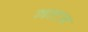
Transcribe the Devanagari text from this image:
गन्टन